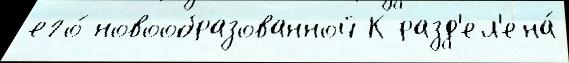
его́ новообразованной К разд'ел'ена́